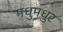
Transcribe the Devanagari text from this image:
मधुमधुर